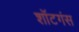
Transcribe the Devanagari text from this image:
शॉटगंस